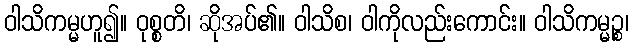
ဝါသိကမ္မဟူ၍။ ဝုစ္စတိ၊ ဆိုအပ်၏။ ဝါသိစ၊ ဝါကိုလည်းကောင်း။ ဝါသိကမ္မဉ္စ၊